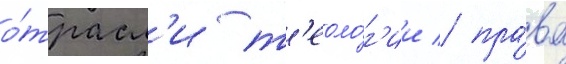
о́трасл'и т'еоло́г'ии / пра́ва